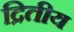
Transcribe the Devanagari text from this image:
द्रितीय